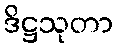
ဒိဋ္ဌသုတာ